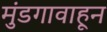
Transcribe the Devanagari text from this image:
मुंडगावाहून